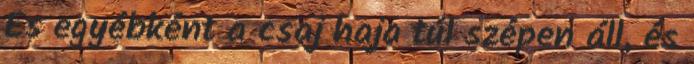
És egyébként a csaj haja túl szépen áll, és